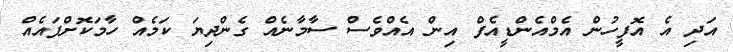
އަދި އެ އޮފީހުން އެމްއެންޑީއެފް އިން އެއްވެސް ސާމާނެއް ގެންދިޔަ ކަމެއް ހާމަކޮށްފައެއް